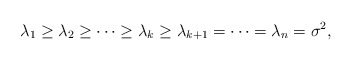
\begin{align*}\lambda_1\geq\lambda_2\geq\cdots\geq\lambda_k\geq\lambda_{k+1}=\cdots=\lambda_n=\sigma^2,\end{align*}